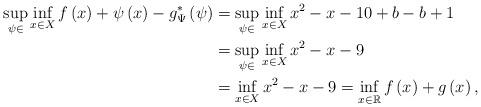
LaTeX: \begin{align*}\sup_{\psi\in}\inf_{x\in X}f\left(x\right)+\psi\left(x\right)-g^{*}_\Psi\left(\psi\right) & =\sup_{\psi\in }\inf_{x\in X}x^{2}-x-10+b-b+1\\ & =\sup_{\psi\in }\inf_{x\in X}x^{2}-x-9\\ & =\inf_{x\in X}x^{2}-x-9=\inf_{x\in\mathbb{R}}f\left(x\right)+g\left(x\right),\end{align*}